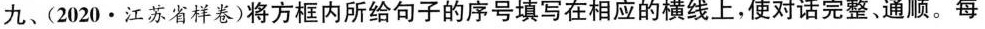
九、(2020·江苏省样卷)将方框内所给句子的序号填写在相应的横线上,使对话完整、通顺.每